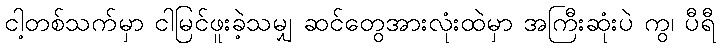
ငါ့တစ်သက်မှာ ငါမြင်ဖူးခဲ့သမျှ ဆင်တွေအားလုံးထဲမှာ အကြီးဆုံးပဲ ကွ၊ ပီရီ